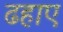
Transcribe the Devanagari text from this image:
ढहाए